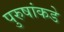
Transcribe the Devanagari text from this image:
पुरुषांकडे